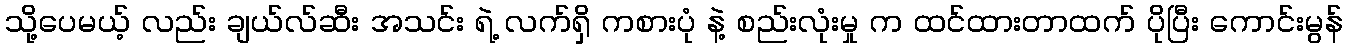
သို့ပေမယ့် လည်း ချယ်လ်ဆီး အသင်း ရဲ့ လက်ရှိ ကစားပုံ နဲ့ စည်းလုံးမှု က ထင်ထားတာထက် ပိုပြီး ကောင်းမွန်